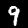
Digit: 9